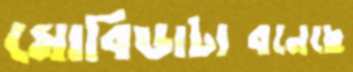
মোবিডাটাবনেছে